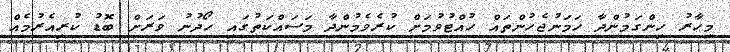
މިހާރު ހިންގަމުންދާ ހަމަނުޖެހުންތައް ހުއްޓުވުމަށް ކުރެވެމުންދާ މަސައްކަތުގައި ހޯދުނު ވަރަށް ބޮޑު ކުރިއެރުމެއް